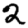
Digit: 2